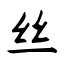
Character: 丝